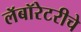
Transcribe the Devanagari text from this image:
लॅबॉरेटरीचे